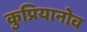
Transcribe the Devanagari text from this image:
कुप्रियानोव